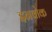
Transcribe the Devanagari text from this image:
इनवोक